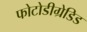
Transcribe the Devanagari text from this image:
फोटोडीग्रेडिड